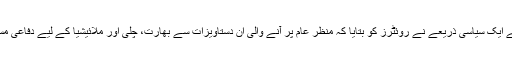
عالمی اسلحے کی صنعت میں عشروں کا تجربہ رکھنے والے آسٹریلیا کے ایک سیاسی ذریعے نے روئٹرز کو بتایا کہ منظر عام پر آنے والی ان دستاویزات سے بھارت، چلی اور ملائیشیا کے لیے دفاعی مسائل پیدا ہو سکتے ہیں کیونکہ یہ ممالک یہی آبدوزیں استعمال کرتے ہیں۔